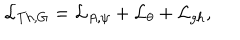
LaTeX: { \cal L } _ { T h , G } = { \cal L } _ { A , \psi } + { \cal L } _ { \theta } + { \cal L } _ { g h } ,